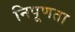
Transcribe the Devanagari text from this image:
निपूणता